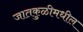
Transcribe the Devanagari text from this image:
जातकुळीमधील